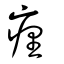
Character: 㾖